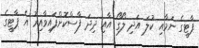
ޕާޓީގެ ނަމާއި ކުލަ އަދި ލޯގޯ އާއި ދިދަ ފާސްކޮށްފައިވާއިރު އެ ޕާޓީގެ